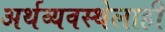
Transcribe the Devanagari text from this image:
अर्थव्यवस्थेलाही